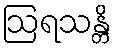
ဩရသန္တိ